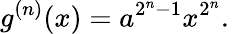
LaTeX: g^{(n)}(x)=a^{2^{n}-1}x^{2^{n}}.\,